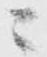
ニ